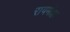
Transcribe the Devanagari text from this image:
रायमोहा